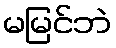
မမြင်ဘဲ